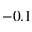
- 0 . 1